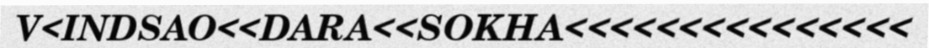
V<INDSAO<<DARA<<SOKHA<<<<<<<<<<<<<<<